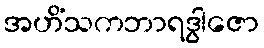
အဟိံသကဘာရဒွါဇော